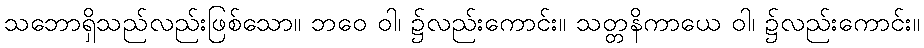
သဘောရှိသည်လည်းဖြစ်သော။ ဘဝေ ဝါ၊ ၌လည်းကောင်း။ သတ္တနိကာယေ ဝါ၊ ၌လည်းကောင်း။